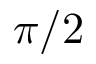
\pi / 2